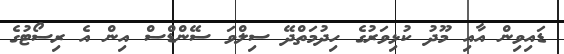
ޑައިވިން އާއި މޫދު ކުޅިވަރުގެ ހިދުމަތްދޭ ސިލްވަ ސޭންޑްސް އިން އެ ރިސޯޓުގެ